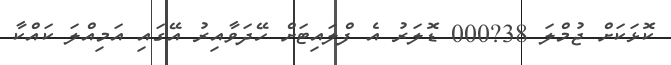
ކޮޅަކަށް ޖުމްލަ 38?000 ޑޮލަރު އެ ފްލައިޓަށް ހޭދަވާއިރު އޭގައި އަމިއްލަ ކައްކާ